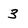
Character: 3